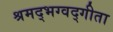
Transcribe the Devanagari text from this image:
श्रमद्भग्वद्गीता